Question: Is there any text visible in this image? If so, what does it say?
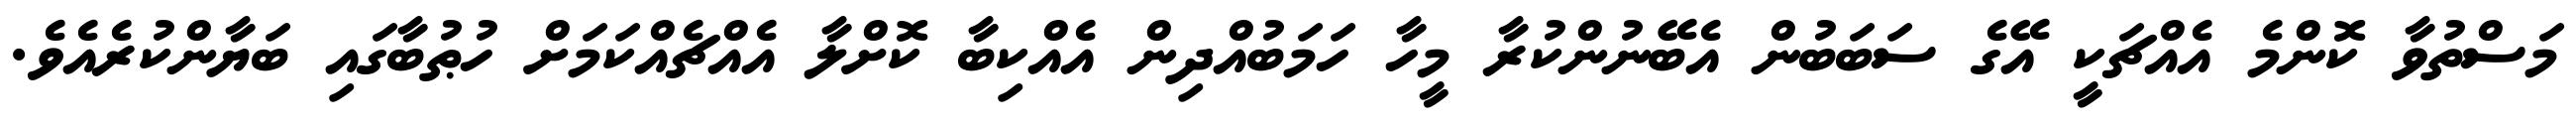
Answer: މަސްތުވާ ކޮންމެ އެއްޗަކީ އޭގެ ސަބަބުން އެބޭނުންކުރާ މީހާ ހަމަބުއްދިން އެއްކިބާ ކޮށްލާ އެއްޗެއްކަމަށް ހުޠުބާގައި ބަޔާންކުރެއެވެ.